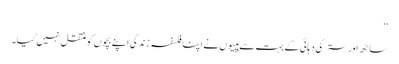
‘‘
ساٹھ اور ستر کی دہائی کے بہت سے ہپیوں نے اپنا فلسفہ زندگی اپنے بچوں کو منتقل نہیں کیا۔